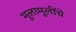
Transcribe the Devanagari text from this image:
मुलामुलींचे